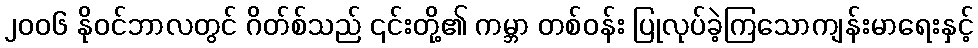
၂၀၀၆ နိုဝင်ဘာလတွင် ဂိတ်စ်သည် ၎င်းတို့၏ ကမ္ဘာ တစ်ဝန်း ပြုလုပ်ခဲ့ကြသောကျန်းမာရေးနှင့်